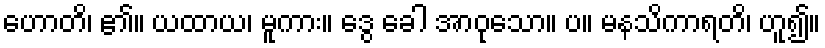
ဟောတိ၊ ၏။ ယထာယ၊ မူကား။ ဒွေ ခေါ အာဝုသော။ ပ။ မနသိကာရတိ၊ ဟူ၍။